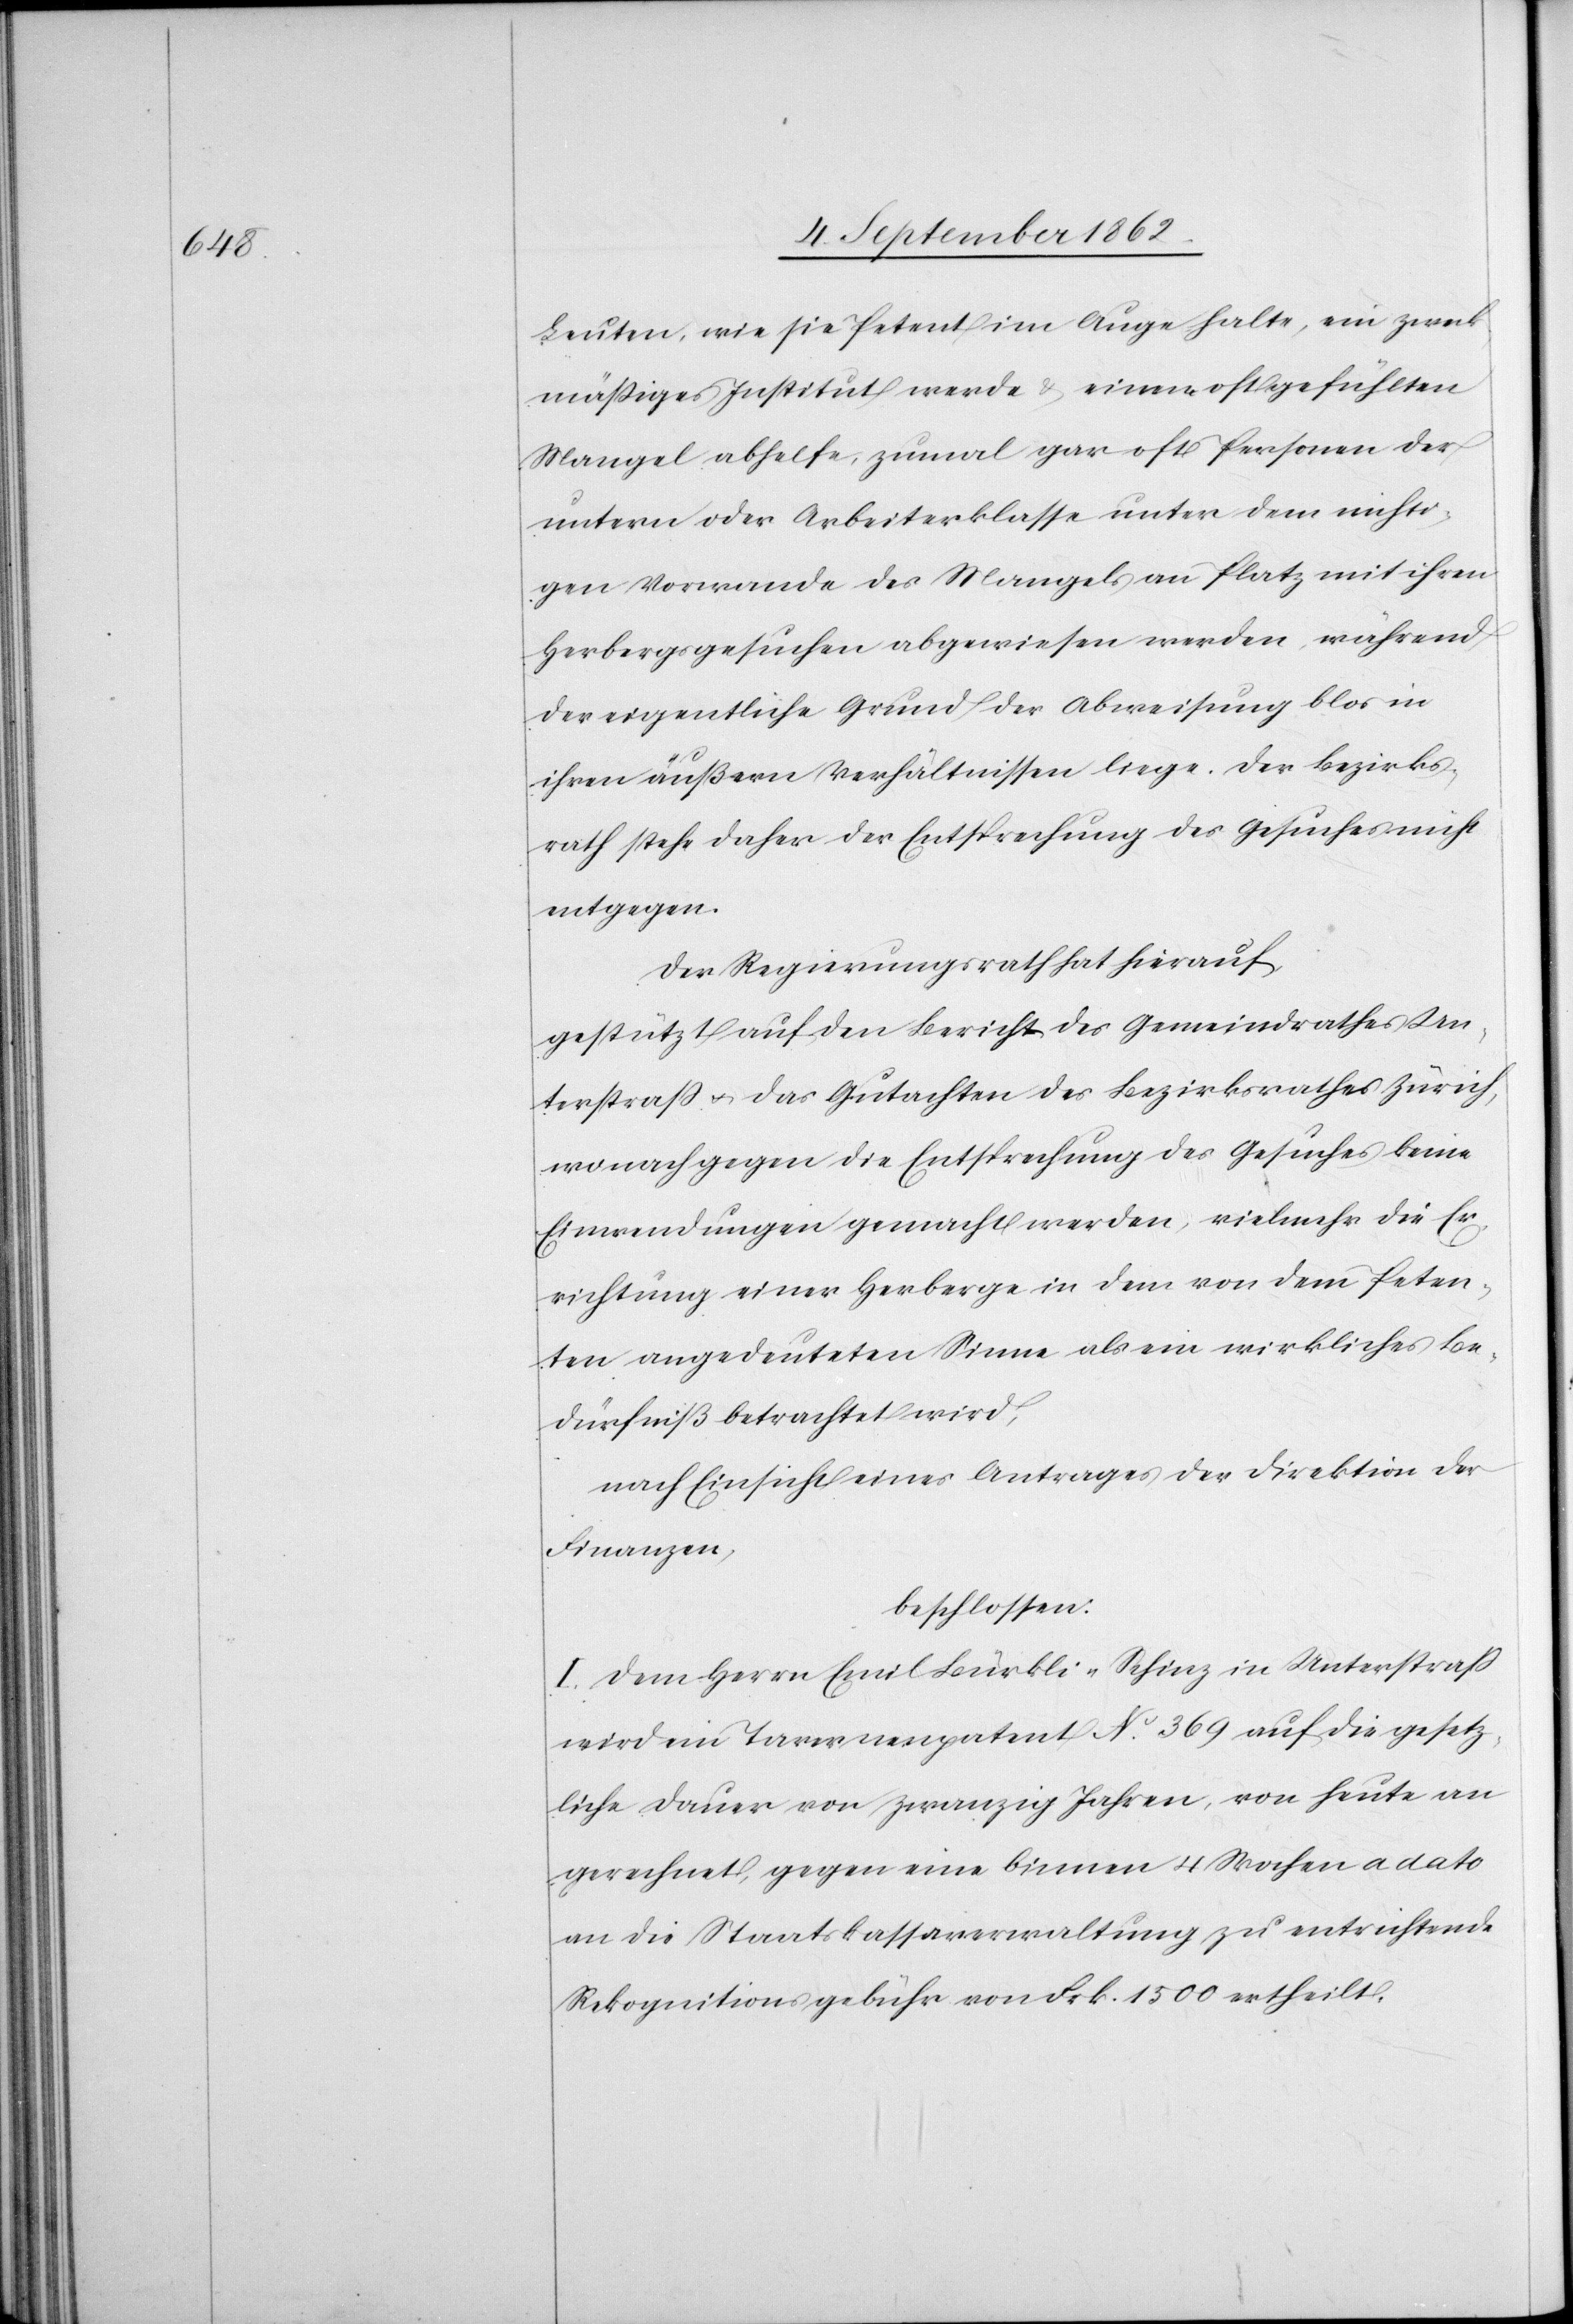
Leuten, wie sie Petent im Auge halte, ein Zweck¬
mäßiges Institut werde u. einem oft gefühlten
Mangel abhelfen, zumal gar oft Personen der
untern oder Arbeiterklasse unter dem nichti¬
gen Vorwande des Mangels an Platz mit ihren
Herbergsgesuchen abgewiesen werden, während
der eigentliche Grund der Abweisung blos in
ihren äußern Verhältnissen liege. Der Bezirks¬
rath stehe daher der Entsprechung des Gesuches nicht
entgegen.
Der Regierungsrath hat hierauf,
gestützt auf den Bericht des Gemeindrathes Un¬
terstraß u. das Gutachten des Bezirksrathes Zürich,
wonach gegen die Entsprechung des Gesuches keine
Einwendungen gemacht werden, vielmehr die Er¬
richtung einer Herberge in dem von dem Peten¬
ten angedeuteten Sinne als ein wirkliches Be¬
dürfniß betrachtet wird,
nach Einsicht eines Antrages der Direktion der
Finanzen,
beschlossen:
I. Dem Herrn Emil Bürkli-Schinz in Unterstraß
wird ein Tavernepatent No 369 auf die gesetz¬
liche Dauer von zwanzig Jahren, von heute an
gerechnet, gegen eine binnen 4 Wochen a dato
an die Staatskassaverwaltung zu entrichtende
Rekognitionsgebühr von Frk. 1500 ertheilt.